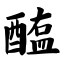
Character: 醢